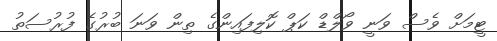
ޓީމަށް ވެސް ވަނީ ވޯލްޑް ކަޕް ކޮލިފައިންގެ ތިން ވަނަ ބުރުގެ ފުރުސަތު